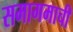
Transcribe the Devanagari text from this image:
समागमाची